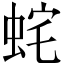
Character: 䖳